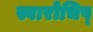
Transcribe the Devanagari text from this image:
स्वारोचिष्‌